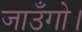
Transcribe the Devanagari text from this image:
जाउँगो।